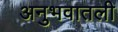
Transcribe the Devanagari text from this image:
अनुभवातली